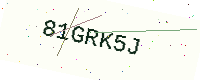
Text: 81GRK5J